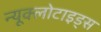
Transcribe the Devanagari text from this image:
न्यूक्लोटाइड्स